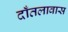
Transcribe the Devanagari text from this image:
दाँतलावास